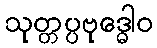
သုတ္တပ္ပဗုဒ္ဓေါဝ